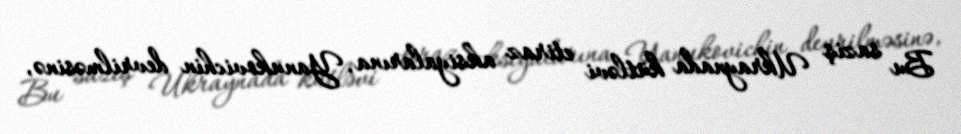
Bu saziş Ukraynada kütləvi etiraz aksiyalarına, Yanukovichin devrilməsinə,